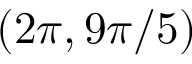
( 2 \pi , 9 \pi / 5 )